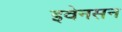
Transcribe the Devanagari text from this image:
इवेनसन